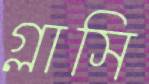
গ্লাসি